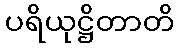
ပရိယုဋ္ဌိတာတိ